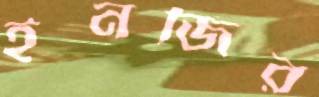
ইনজির